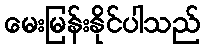
မေးမြန်းနိုင်ပါသည်